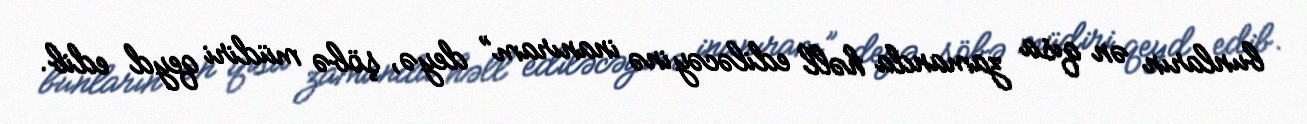
bunların ən qısa zamanda həll ediləcəyinə inanıram” deyə, şöbə müdiri qeyd edib.